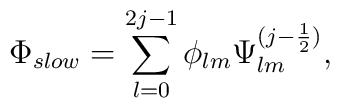
\Phi_{slow} = \sum_{l=0}^{2j-1} \phi_{lm} \Psi^{(j-\frac{1}{2})}_{lm},